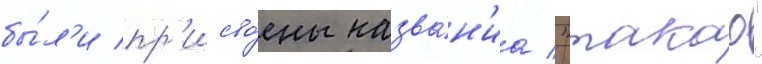
бы́л'и пр'исво́ены назва́н'иа "такао"